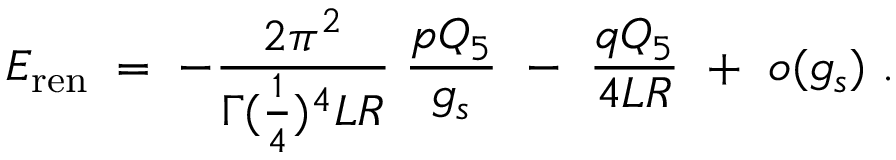
{ \cal E } _ { \mathrm { r e n } } \; = \; - { \frac { 2 \pi ^ { 2 } } { \Gamma ( { \frac { 1 } { 4 } } ) ^ { 4 } L R } } \; { \frac { p Q _ { 5 } } { g _ { s } } } \ - \ { \frac { q Q _ { 5 } } { 4 L R } } \ + \ o ( g _ { s } ) \ .